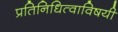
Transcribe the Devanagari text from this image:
प्रतिनिधित्वाविषयी